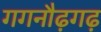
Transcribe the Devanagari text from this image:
गगनौढ़गढ़